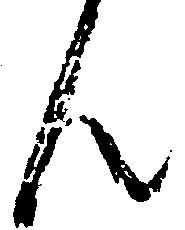
ん